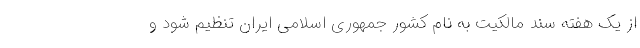
از یک هفته سند مالکیت به نام کشور جمهوری اسلامی ایران تنظیم شود و